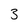
Character: 3